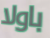
باولا